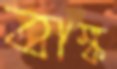
বাঙ্ক